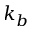
k _ { b }